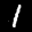
Label: 1